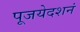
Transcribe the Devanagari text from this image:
पूजयेदशनं